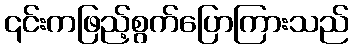
၎င်းကဖြည့်စွက်ပြောကြားသည်